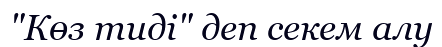
"Көз тиді" деп секем алу